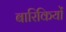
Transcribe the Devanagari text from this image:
बारिकियों